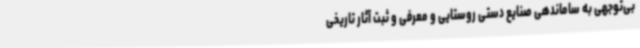
بی‌توجهی به ساماندهی صنایع دستی روستایی و معرفی و ثبت آثار تاریخی